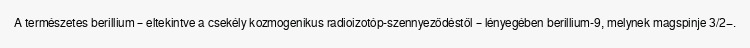
A természetes berillium – eltekintve a csekély kozmogenikus radioizotóp-szennyeződéstől – lényegében berillium-9, melynek magspinje 3/2−.